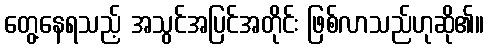
တွေ့နေရသည့် အသွင်အပြင်အတိုင်း ဖြစ်လာသည်ဟုဆို၏။